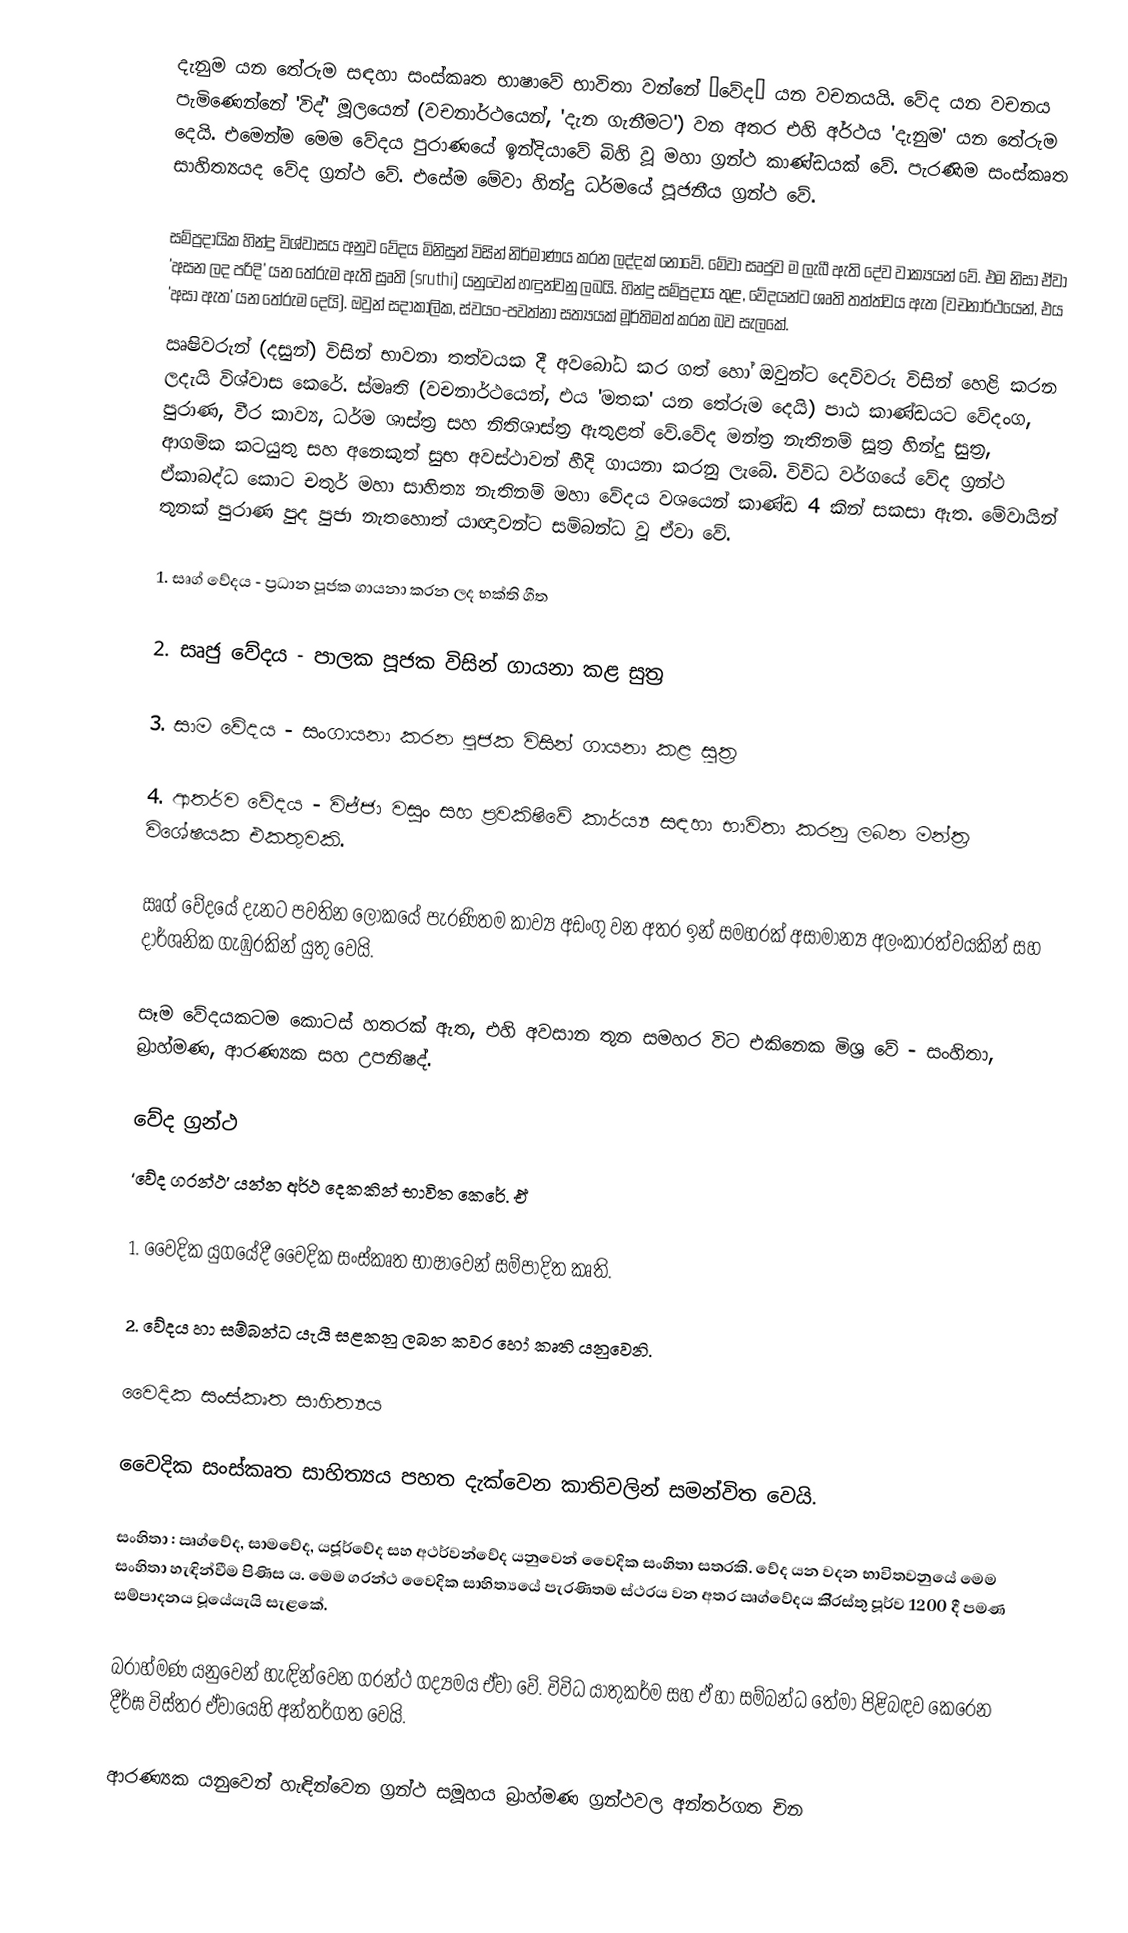
දැනුම යන තේරුම සඳහා සංස්කෘත භාෂාවේ භාවිතා වන්නේ “වේද” යන  වචනයයි. වේද යන වචනය පැමිණෙන්නේ 'විද්' මූලයෙන් (වචනාර්ථයෙන්, 'දැන ගැනීමට') වන අතර එහි අර්ථය 'දැනුම' යන තේරුම දෙයි. එමෙන්ම මෙම වේදය පුරාණයේ ඉන්දියාවේ බිහි වූ මහා ග්‍රන්ථ කාණ්ඩයක් වේ. පැරණිම සංස්කෘත සාහිත්‍යයද වේද ග්‍රන්ථ වේ. එසේම ‍මේවා හින්දු ධර්මයේ පූජනීය ග්‍රන්ථ වේ.

සම්ප්‍රදායික හින්දු විශ්වාසය අනුව වේදය මිනිසුන් විසින් නිර්මාණය කරන ලද්දක් නොවේ. මේවා සෘජුව ම ලැබී ඇති දේව වාක්‍යයන් වේ. එම නිසා ඒවා 'අසන ලද පරිදි' යන තේරුම ඇති ස්‍රෘති (sruthi)   යනුවෙන් හඳුන්වනු ලබයි. හින්දු සම්ප්‍රදාය තුළ, වේදයන්ට ශෘති තත්ත්වය ඇත (වචනාර්ථයෙන්, එය 'අසා ඇත' යන තේරුම දෙයි). ඔවුන් සදාකාලික, ස්වයං-පවත්නා සත්‍යයක් මූර්තිමත් කරන බව සැලකේ.
ඍෂිවරුන් (දසුන්) විසින් භාවනා තත්වයක දී අවබෝධ කර ගත් හෝ ඔවුන්ට දෙවිවරු විසින් හෙළි කරන ලදැයි විශ්වාස කෙරේ. ස්මෘති (වචනාර්ථයෙන්, එය 'මතක' යන තේරුම දෙයි) පාඨ කාණ්ඩයට වේදංග, පුරාණ, වීර කාව්‍ය, ධර්ම ශාස්ත්‍ර සහ නිතිශාස්ත්‍ර ඇතුළත් වේ.වේද මන්ත්‍ර  නැතිනම් සූත්‍ර හින්දු සුත්‍ර, ආගමික කටයුතු සහ අනෙකුත් සුභ අවස්ථාවන් හීදි ගායනා කරනු ලැබේ. විවිධ වර්ගයේ වේද ග්‍රන්ථ ඒකාබද්ධ කොට චතුර් මහා සාහිත්‍ය නැතිනම් මහා වේදය වශයෙන් කාණ්ඩ 4 කින් සකසා ඇත. මේවායින් තුනක් පුරාණ පුද පුජා නැතහොත් යාඥාවන්ට සම්බන්ධ වූ ඒවා වේ.

1.	සෘග් වේදය - ප්‍රධාන පූජක ගායනා කරන ලද භක්ති ගීත

2.	සෘජු වේදය - පාලක පූජක විසින් ගායනා කළ සුත්‍ර

3.	සාම වේදය - සංගායනා කරන පූජක විසින් ගායනා කළ සූත්‍ර

4.  ආතර්ව වේදය - විජ්ජා වසුං සහ ප්‍රවකිෂිවේ කාර්ය්‍ය සඳහා භාවිතා කරනු ලබන මන්ත්‍ර විශේෂයක එකතුවකි.

ඍග් වේදයේ දැනට පවතින ලෝකයේ පැරණිතම කාව්‍ය අඩංගු වන අතර ඉන් සමහරක් අසාමාන්‍ය අලංකාරත්වයකින් සහ දාර්ශනික ගැඹුරකින් යුතු වෙයි.

සෑම වේදයකටම කොටස් හතරක් ඇත, එහි අවසාන තුන සමහර විට එකිනෙක මිශ්‍ර වේ - සංහිතා, බ්‍රාහ්මණ, ආරණ්‍යක සහ උපනිෂද්.

වේද ග‍්‍රන්ථ
‘වේද ග‍්‍රන්ථ’ යන්න අර්ථ දෙකකින් භාවිත කෙරේ. ඒ

1. වෛදික යුගයේදී වෛදික සංස්කෘත භාෂාවෙන් සම්පාදිත කෘති.

2. වේදය හා සම්බන්ධ යැයි සළකනු ලබන කවර හෝ කෘති යනුවෙනි.

වෛදික සංස්කෘත සාහිත්‍යය

වෛදික සංස්කෘත සාහිත්‍යය පහත දැක්වෙන කාතිවලින් සමන්විත වෙයි.

	සංහිතා : ඍග්වේද, සාමවේද, යජූර්වේද සහ අථර්වන්වේද යනුවෙන් වෛදික සංහිතා සතරකි. වේද යන වදන භාවිතවනුයේ මෙම සංහිතා හැඳින්වීම පිණිස ය. මෙම ග‍්‍රන්ථ වෛදික සාහිත්‍යයේ පැරණිතම ස්ථරය වන අතර ඍග්වේදය කි‍්‍රස්තු පූර්ව 1200 දී පමණ සම්පාදනය වූයේයැයි සැළකේ.

	බ‍්‍රාහ්මණ යනුවෙන් හැඳින්වෙන ග‍්‍රන්ථ ගද්‍යමය ඒවා වේ. විවිධ යාතුකර්ම සහ ඒ හා සම්බන්ධ තේමා පිළිබඳව කෙරෙන දීර්ඝ විස්තර ඒවායෙහි අන්තර්ගත වෙයි.

	ආරණ්‍යක යනුවෙන් හැඳින්වෙන ග‍්‍රන්ථ සමූහය බ‍්‍රාහ්මණ ග‍්‍රන්ථවල අන්තර්ගත චින